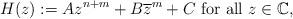
LaTeX: \begin{align*}H(z):=Az^{n+m} + B \overline{z}^m + C\textrm{ for all }z\in \mathbb{C},\end{align*}